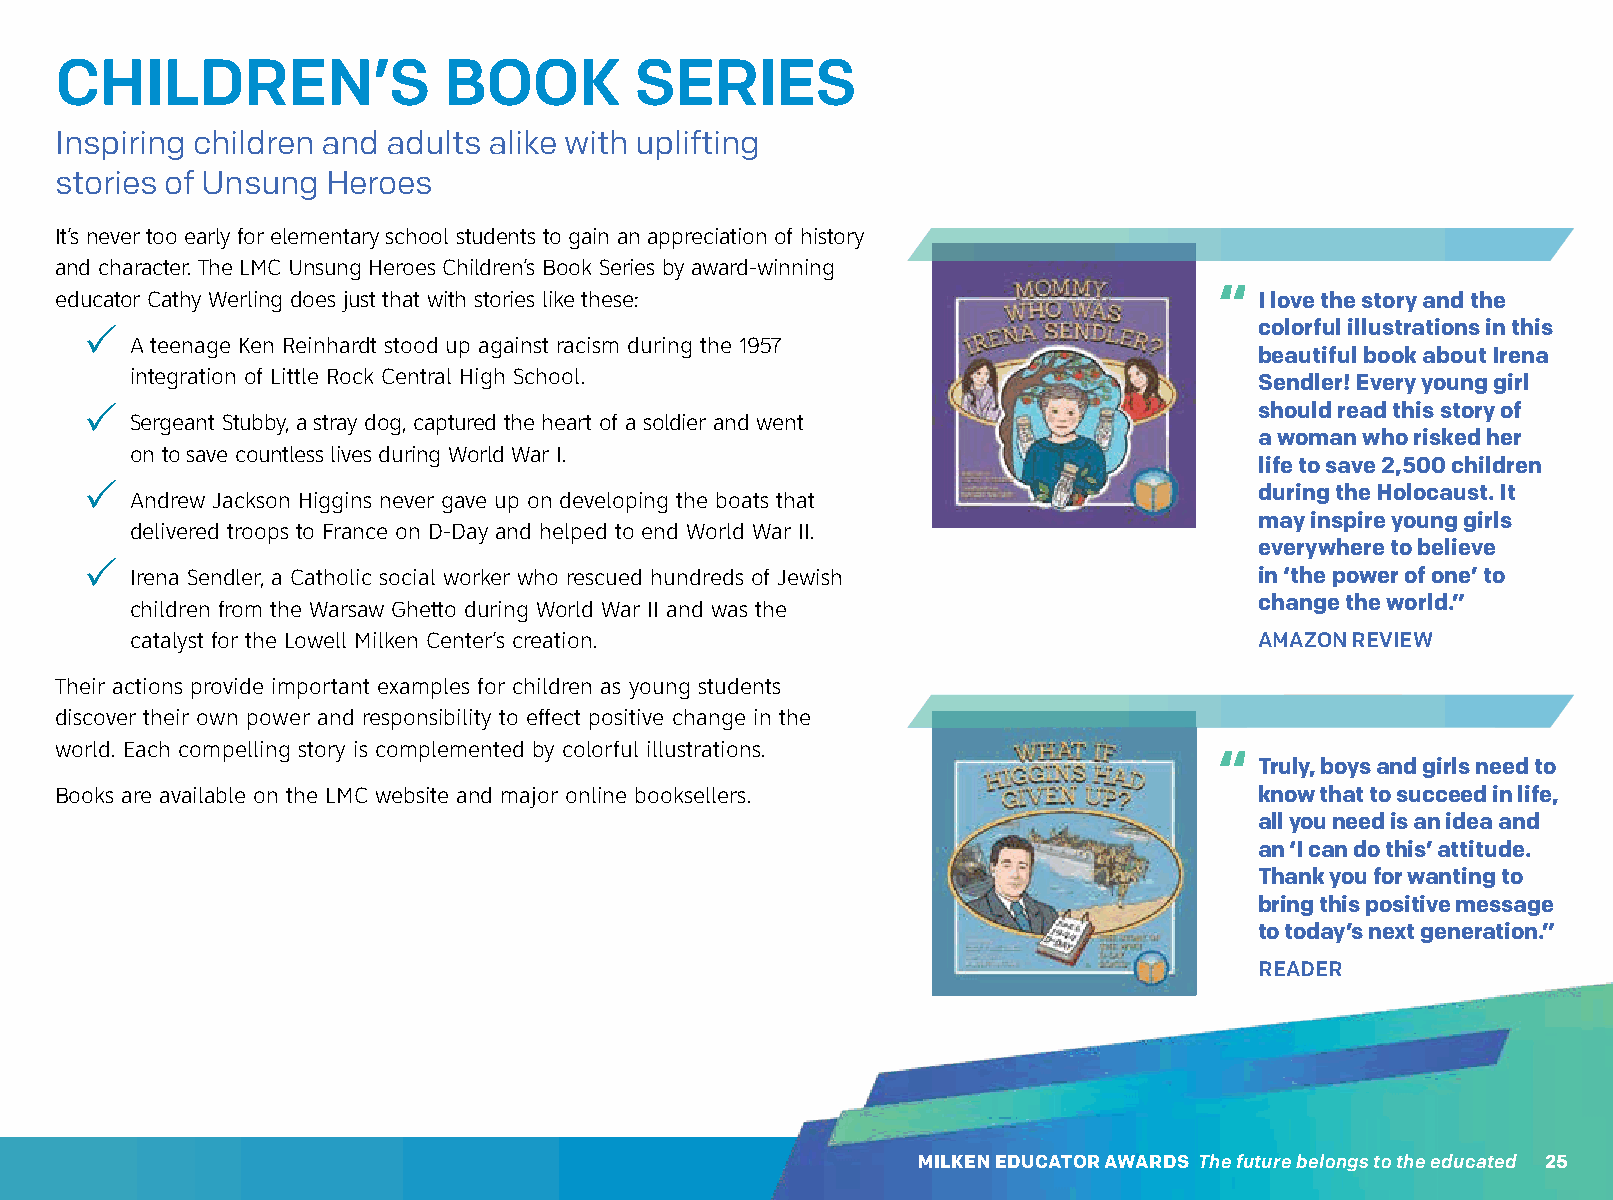
CHILDREN’S               BOOK         SERIES
 Inspiring children and adults alike with uplifting
 stories of Unsung Heroes
 It’s never too early for elementary school students to gain an appreciation of history
 and character. The LMC Unsung Heroes Children’s Book Series by award-winning
 “
 educator Cathy Werling does just that with stories like these:                 I love the story and the
 3                                                                            colorful illustrations in this
 A teenage Ken Reinhardt stood up against racism during the 1957
 beautiful book about Irena
 integration of Little Rock Central High School.
 Sendler! Every young girl
 3                                                                            should read this story of
 Sergeant Stubby, a stray dog, captured the heart of a soldier and went
 a woman who risked her
 on to save countless lives during World War I.
 life to save 2,500 children
 3                                                                            during the Holocaust. It
 Andrew Jackson Higgins never gave up on developing the boats that
 may inspire young girls
 delivered troops to France on D-Day and helped to end World War II.
 everywhere to believe
 3
 Irena Sendler, a Catholic social worker who rescued hundreds of Jewish    in ‘the power of one’ to
 children from the Warsaw Ghetto during World War II and was the           change the world.”
 catalyst for the Lowell Milken Center’s creation.                         AMAZON REVIEW
 Their actions provide important examples for children as young students
 discover their own power and responsibility to effect positive change in the
 world. Each compelling story is complemented by colorful illustrations.
 “
 Truly, boys and girls need to
 Books are available on the LMC website and major online booksellers.           know that to succeed in life,
 all you need is an idea and
 an ‘I can do this’ attitude.
 Thank you for wanting to
 bring this positive message
 to today’s next generation.”
 READER
 MILKEN EDUCATOR AWARDS The future belongs to the educated 25